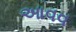
આવવ